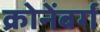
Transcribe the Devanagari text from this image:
क्रोनेंबर्ग